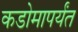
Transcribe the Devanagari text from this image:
कडोमापर्यंत